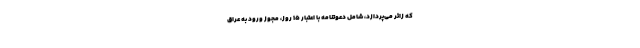
که زائر می‌پردازد، شامل دعوتنامه با اعتبار ۱۵ روز، مجوز ورود به عراق